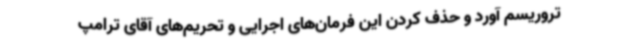
تروریسم آورد و حذف کردن این فرمان‌های اجرایی و تحریم‌های آقای ترامپ